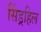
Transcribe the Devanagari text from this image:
सिंड्रहिल